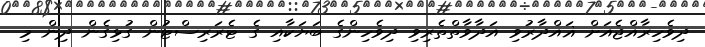
ދިވެހިރާއްޖެއަށް ޣައްދާރުވި އަދާވާތްތެރިވި ދިވެހިންގެ ބަޔަކާއި ގެ ޓެރަރިސްޓުން ގުޅިގެން ދިން މި